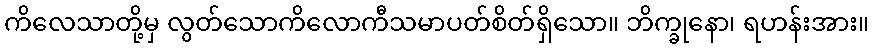
ကိလေသာတို့မှ လွတ်သောကိလောကီသမာပတ်စိတ်ရှိသော။ ဘိက္ခုနော၊ ရဟန်းအား။